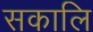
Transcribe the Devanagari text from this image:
सकालि